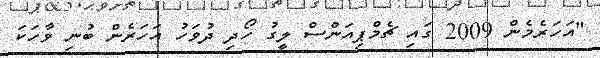
"އަހަރެމެން 2009 ގައި ޗެމްޕިއަންސް ލީގު ހޯދި ދުވަހު އަހަރެން ބުނި ވާހަކަ